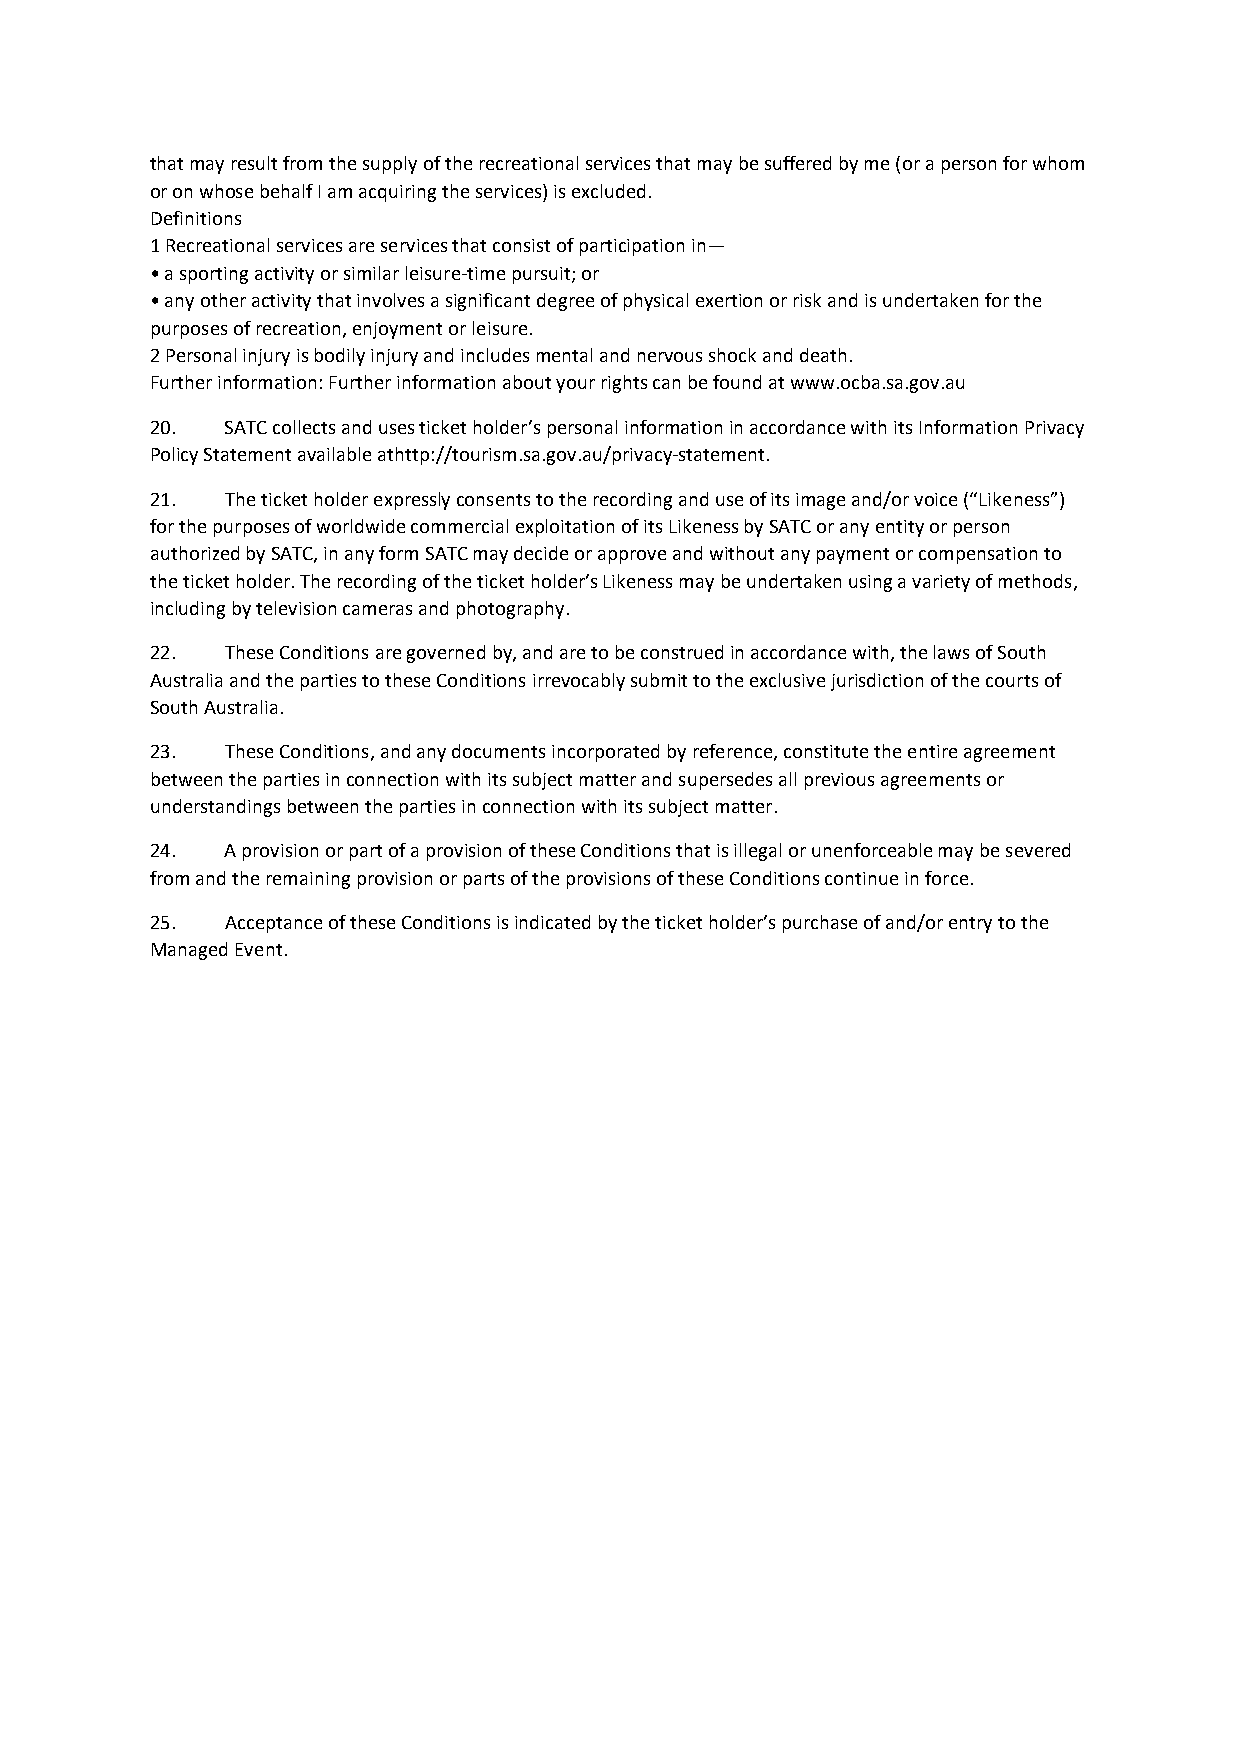
that may result from the supply of the recreational services that may be suffered by me (or a person for whom
 or on whose behalf I am acquiring the services) is excluded.
 Definitions
 1 Recreational services are services that consist of participation in—
 • a sporting activity or similar leisure-time pursuit; or
 • any other activity that involves a significant degree of physical exertion or risk and is undertaken for the
 purposes of recreation, enjoyment or leisure.
 2 Personal injury is bodily injury and includes mental and nervous shock and death.
 Further information: Further information about your rights can be found at www.ocba.sa.gov.au
 20.  SATC collects and uses ticket holder’s personal information in accordance with its Information Privacy
 Policy Statement available athttp://tourism.sa.gov.au/privacy-statement.
 21.  The ticket holder expressly consents to the recording and use of its image and/or voice (“Likeness”)
 for the purposes of worldwide commercial exploitation of its Likeness by SATC or any entity or person
 authorized by SATC, in any form SATC may decide or approve and without any payment or compensation to
 the ticket holder. The recording of the ticket holder’s Likeness may be undertaken using a variety of methods,
 including by television cameras and photography.
 22.  These Conditions are governed by, and are to be construed in accordance with, the laws of South
 Australia and the parties to these Conditions irrevocably submit to the exclusive jurisdiction of the courts of
 South Australia.
 23.  These Conditions, and any documents incorporated by reference, constitute the entire agreement
 between the parties in connection with its subject matter and supersedes all previous agreements or
 understandings between the parties in connection with its subject matter.
 24.  A provision or part of a provision of these Conditions that is illegal or unenforceable may be severed
 from and the remaining provision or parts of the provisions of these Conditions continue in force.
 25.  Acceptance of these Conditions is indicated by the ticket holder’s purchase of and/or entry to the
 Managed Event.